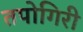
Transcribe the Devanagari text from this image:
तपोगिरी